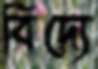
বিদ্যে